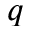
q